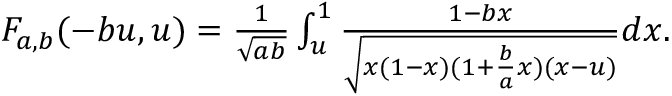
\begin{array} { r } { F _ { a , b } ( - b u , u ) = \frac { 1 } { \sqrt { a b } } \int _ { u } ^ { 1 } \frac { 1 - b x } { \sqrt { x ( 1 - x ) ( 1 + \frac { b } { a } x ) ( x - u ) } } d x . } \end{array}